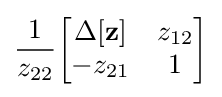
{\frac {1}{z_{22}}}{\begin{bmatrix}\Delta \mathbf {[z]} &z_{12}\\-z_{21}&1\end{bmatrix}}